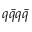
q \bar { q } q \bar { q }